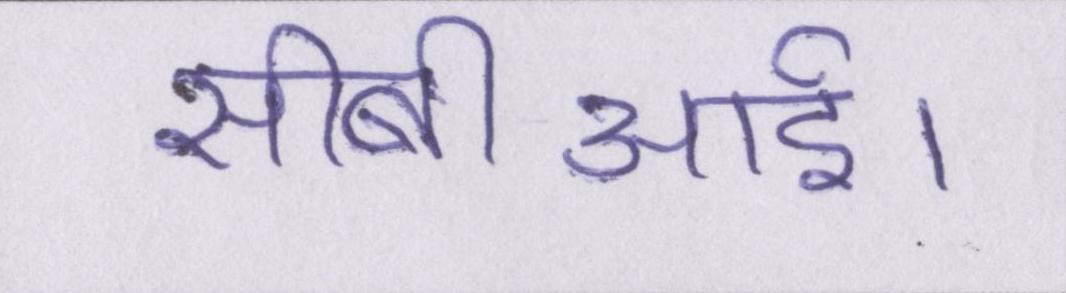
सीबीआई।